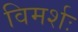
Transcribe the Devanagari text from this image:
विमर्शः